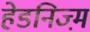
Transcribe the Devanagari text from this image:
हेडनिज्म़